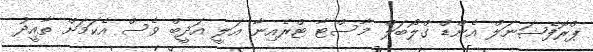
ޕްރޮފެޝަނަލް އެންޑް ގްލޯބަލް މާސްޓާ ޓްރެއިނާ އަލީ އަދީބް ވެސް އެކަމަށް ތާއީދު